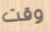
وقت